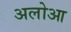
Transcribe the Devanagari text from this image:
अलोआ